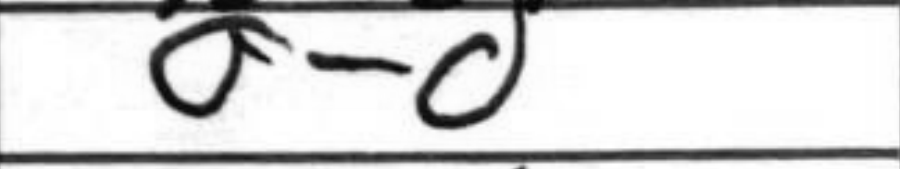
Transcription: O-O